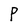
Character: P